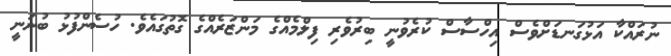
ނުރައްކާ އަޅުގަނޑަށްވެސް އިހްސާސް ކުރެވުނީ ބިރުވެރި ފިލްމެއްގެ މަންޒަރެއްގެ ގޮތުގައެވެ. ހުސެންފުޅު ބުނަނީ